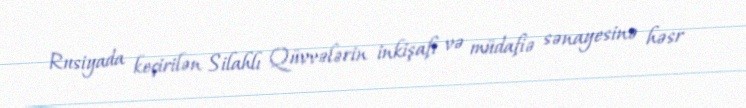
Rusiyada keçirilən Silahlı Qüvvələrin inkişafı və müdafiə sənayesinə həsr